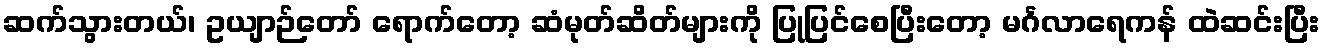
ဆက်သွားတယ်၊ ဥယျာဉ်တော် ရောက်တော့ ဆံမုတ်ဆိတ်များကို ပြုပြင်စေပြီးတော့ မင်္ဂလာရေကန် ထဲဆင်းပြီး